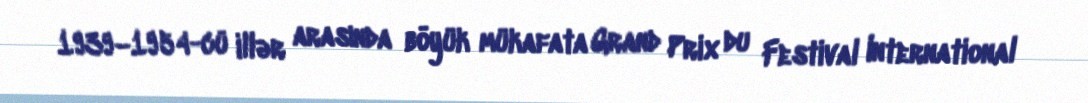
1939–1954-cü illər arasında böyük mükafata Grand Prix du Festival International